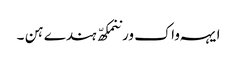
ایہہ واک ورننمکھّ ہندے ہن ۔